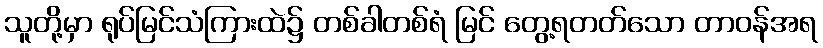
သူတို့မှာ ရုပ်မြင်သံကြားထဲ၌ တစ်ခါတစ်ရံ မြင် တွေ့ရတတ်သော တာဝန်အရ